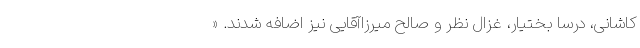
کاشانی، درسا بختیار، غزال نظر و صالح میرزاآقایی نیز اضافه شدند. «